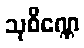
သုစိဏ္ဏေ